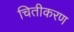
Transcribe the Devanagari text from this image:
चितीकरण